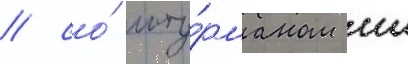
/ со́ шту́рманом мл